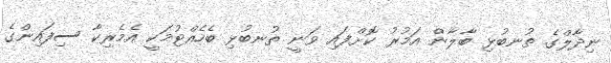
ނިދާލްގެ ތުނބުޅި ބާލާން އަމުރު ކޮށްފައި ވަނީ ތުނބުޅި ބެހެއްޓުމަކީ އެމެރިކާ ސިފައިންގެ